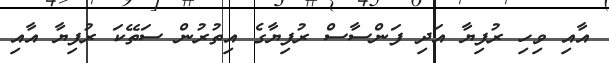
އާއި ވިހި ރުފިޔާ އަދި ފަންސާސް ރުފިޔާގެ އިތުރުން ސަތޭކަ ރުފިޔާ އާއި